Annual report on the working of the lock hospitals in the North-Western Provinces and Oudh
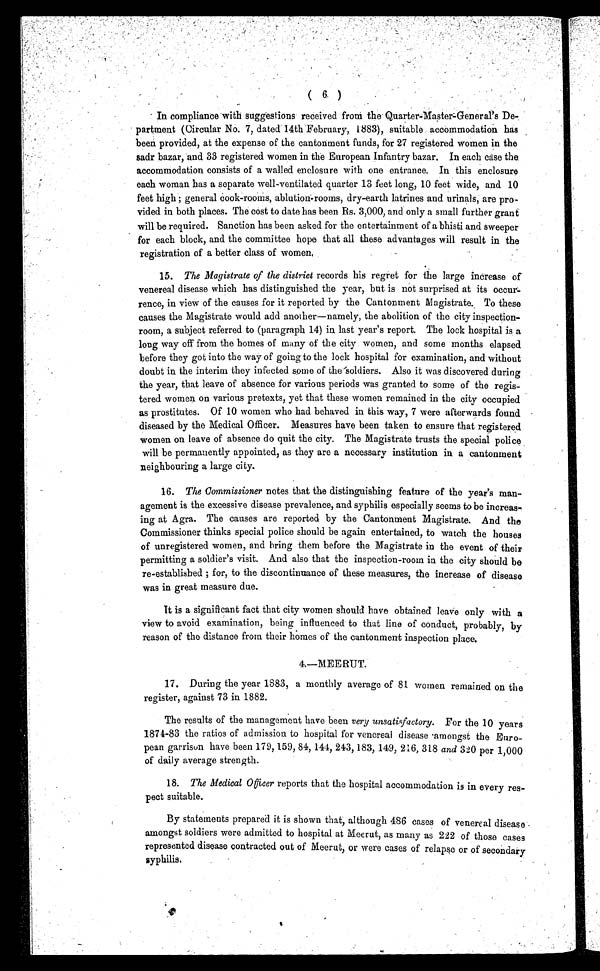
( 6 )
In compliance with suggestions received from the Quarter-Master- General's De-
partment (Circular No. 7, dated 14th February, 1883), suitable accommodation has
been provided, at the expense of the cantonment funds, for 27 registered women in the
sadr bazar, and 33 registered women in the European Infantry bazar. In each case the
accommodation consists of a walled enclosure with one entrance. In this enclosure
each woman has a separate well-ventilated quarter 13 feet long, 10 feet wide, and 10
feet high; general Cook-rooms, ablution- rooms, dry-earth latrines and urinals, are pro-
vided in both places. The cost to date has been Rs. 3,000, and only a small further grant
will be required. Sanction has been asked for the entertainment of a bhisti and sweeper
for each block, and the committee hope that all these advantages will result in the
registration of a better class of women.
15. The Magistrate of the district records his regret for the large increase of
venereal disease which has distinguished the year, but is not surprised at its occur
- r e n c e , i n v i e w o f t h e c a u s e s f o r i t r e p o r t e d b y t h e C a n t o n m e n t M a g i s t r a t e . T o t h e s e
causes the Magistrate would add another—namely, the abolition of the city inspection-
room, a subject referred to (paragraph 14) in last year's report. The lock hospital is a
long way off from the homes of many of the city women, and some months elapsed
before they got into the way of going to the lock hospital for examination, and without
doubt in the interim they infected some of the 'soldiers. Also it was discovered during
the year, that leave of absence for various periods was granted to some of the regis-
tered women on various pretexts, yet that these women remained in the city occupied
as prostitutes. Of 10 women who had behaved in this way, 7 were afterwards found -
diseased by the Medical Officer. Measures have been taken to ensure that registered
women on leave of absence do quit the city. The Magistrate trusts the special police
will be permanently appointed, as they are a necessary institution in a cantonment
neighbouring a large city.
16. The Commissioner notes that the distinguishing feature of the year's man-
agement is the excessive disease prevalence, and syphilis especially seems to be increas-
ing at Agra. The causes are reported by the Cantonment Magistrate. And the
Commissioner thinks special police should be again entertained, to watch the houses
of unregistered women, and bring them before the Magistrate in the event of their
permitting a soldier's visit. And also that the inspection- room in the city should be
re-established; for, to the discontinuance of these measures, the increase of disease
was in great measure due.
It is a significant fact that city women should have obtained leave only with a
view to avoid examination, being influenced to that line of conduct, probably, by
reason of the distance from their homes of the cantonment inspection place.
4.—MEERUT.
17. During the year 1883, a monthly average of 81 women remained on the
register, against 73 in 1882.
The results of the management have been very unsatisfactory. For the 10 years
1874-83 the ratios of admission to hospital for venereal disease amongst the Euro-
pean garrison have been 179, 159, 84, 144, 243,183, 149, 216, 318 and 320 per 1,000
of daily average strength.
18. The Medical Officer reports that the hospital accommodation is in every res-
pect suitable.
By statements prepared it is shown that, although 486 cases of venereal disease
amongst soldiers were admitted to hospital at Meerut, as many as 222 of those cases
represented disease contracted out of Meerut, or were cases of relapse or of secondary
syphilis.